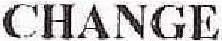
CHANGE